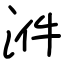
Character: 𣴓